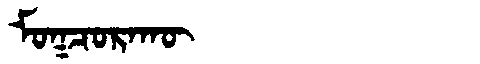
Manchu: ᠮᠣᡴᠴᠣᡵᠠᡴᡡ
Romanization: MOKCORAKŪ